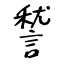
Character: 諬